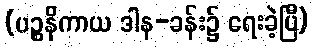
(ပဉ္စနိကာယ ဒါန-ခန်း၌ ရေးခဲ့ပြီ)